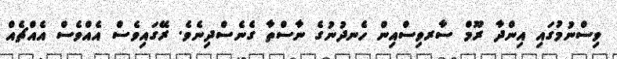
ވިސްނުމުގައި އިންދާ ރޫމް ސާރވިސްއިން ހެނދުނުގެ ނާސްތާ ގެނެސްދިނެވެ. ރޭގައިވެސް އެއްވެސް އެއްޗެއް